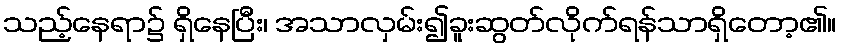
သည့်နေရာ၌ ရှိနေပြီး၊ အသာလှမ်း၍ခူးဆွတ်လိုက်ရန်သာရှိတော့၏။